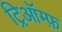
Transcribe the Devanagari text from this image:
ट्रिऑम्फ़